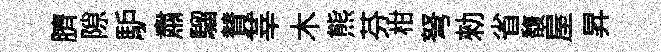
臍隙馿肅騮賛莘木熊芬柑弩勑省馥屋昇